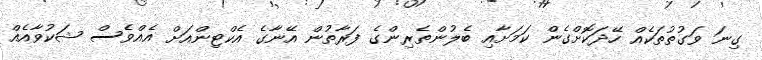
ގިނަ ވަގުތުތަކެއް ހޭދަކޮށްގެން ކަމަށާއި ބެލުންތެރިންގެ ފަރާތުން އޭނާގެ އެކްޓިންއަށް އެއްވެސް ޝަކުވާއެއް